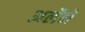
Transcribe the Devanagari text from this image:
अर्लेने